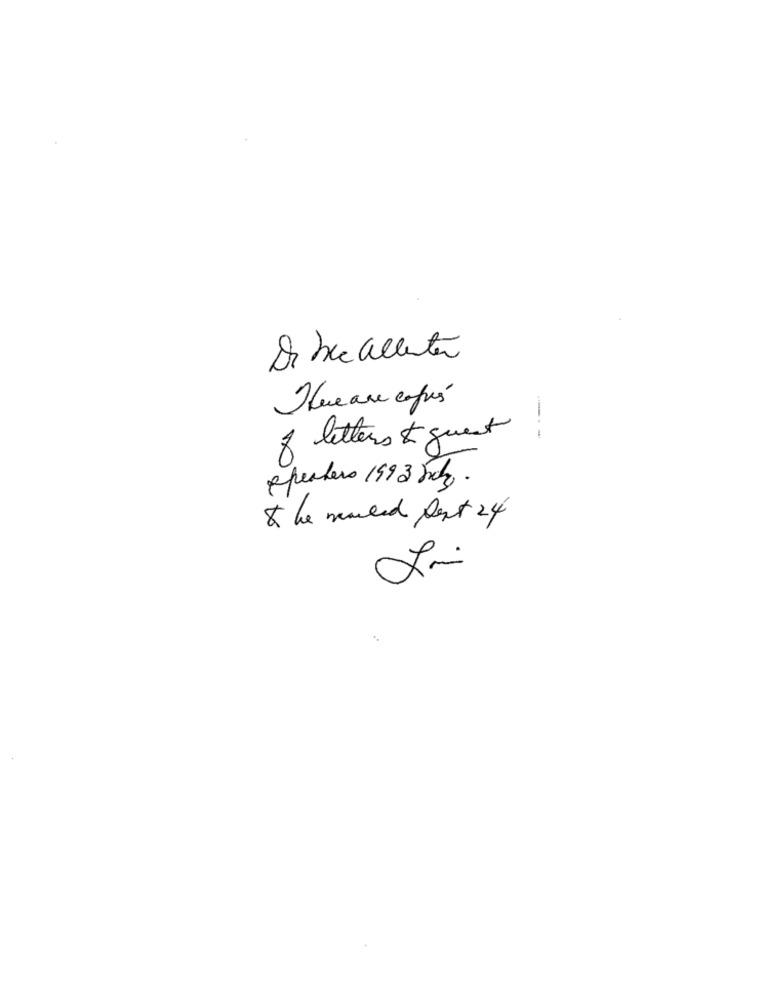
Dr bic allenter
Que are café
of letters & guest
epechera 1993 Jobs .
& he muled sent 24